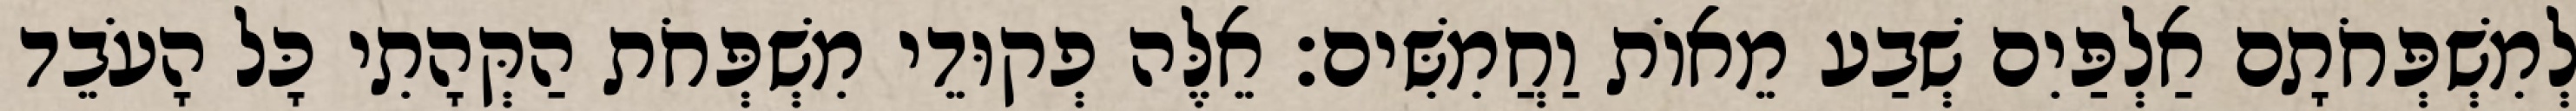
לְמִשְׁפְּחֹתָם אַלְפַּיִם שְׁבַע מֵאוֹת וַחֲמִשִּׁים׃ אֵלֶּה פְקוּדֵי מִשְׁפְּחֹת הַקְּהָתִי כָּל הָעֹבֵד